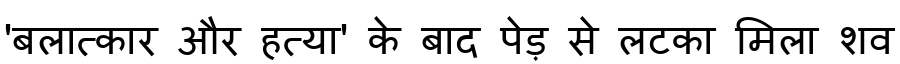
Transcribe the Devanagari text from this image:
'बलात्कार और हत्या' के बाद पेड़ से लटका मिला शव